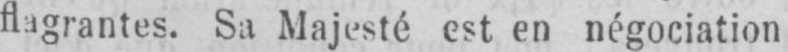
flagrantes. Sa Majesté est en négociation